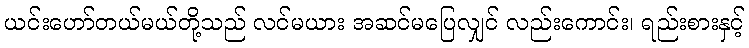
ယင်းဟော်တယ်မယ်တို့သည် လင်မယား အဆင်မပြေလျှင် လည်းကောင်း၊ ရည်းစားနှင့်